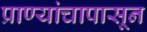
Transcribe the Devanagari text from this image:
प्राण्यांचापासून